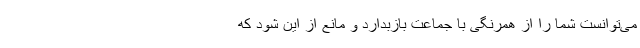
می‌توانست شما را از همرنگی با جماعت بازبدارد و مانع از این شود که